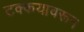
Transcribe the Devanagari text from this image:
टक्कयावरून